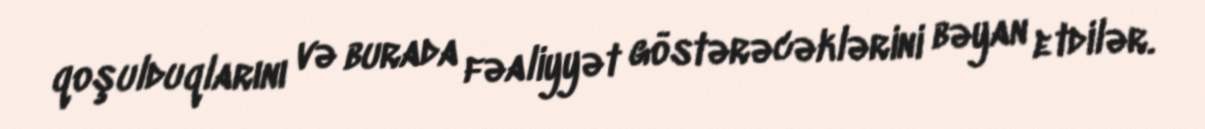
qoşulduqlarını və burada fəaliyyət göstərəcəklərini bəyan etdilər.